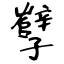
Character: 孼